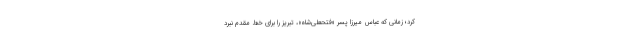
کرد؛ زمانی که عباس میرزا پسر «فتحعلی‌شاه»، تبریز را برای خط مقدم نبرد